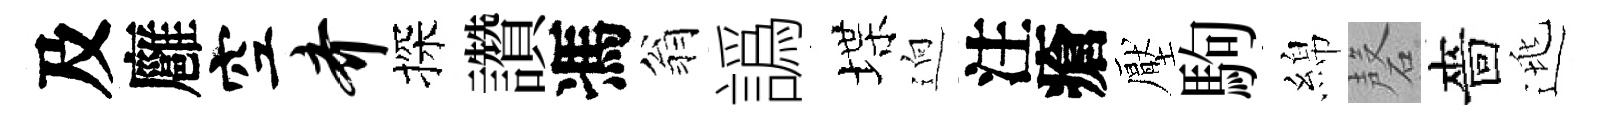
及廱空齐探讚馮翁譌堞逈注瘡壓駒綿磬嗇逃